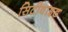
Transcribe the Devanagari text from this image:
सिटीवाइड